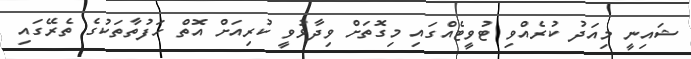
ޝައިނީ މިއަދު ކުރެއްވި ޓުވީޓެއްގައި މިގޮތަށް ވިދާޅުވީ ކުރިއަށް އޮތް ހަފުތާތަކުގެ ތެރޭގައި